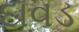
દાવડ